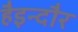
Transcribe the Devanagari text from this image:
हैइन्दौर